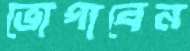
ভোগাবেন